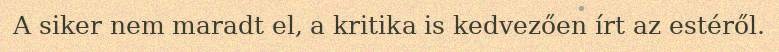
A siker nem maradt el, a kritika is kedvezően írt az estéről.